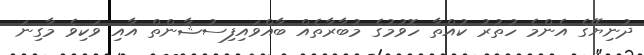
ދުނިޔޭގެ އެންމެ ހުތުރު ކުއްތާ ހޮވުމުގެ މުބާރާތެއް ބާއްވައިފިސުޝާންތް އާއި ވަކިވެ މާގިނަ